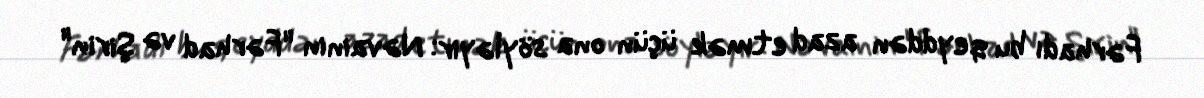
Fərhadı bu qeyddən azad etmək üçün ona söyləyir: Nəvainin "Fərhad və Şirin"